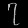
Digit: ၇